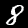
Digit: 8